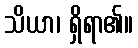
သိယာ၊ ရှိရာ၏။